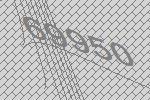
69950